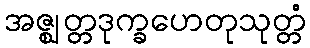
အဇ္ဈတ္တဒုက္ခဟေတုသုတ္တံ